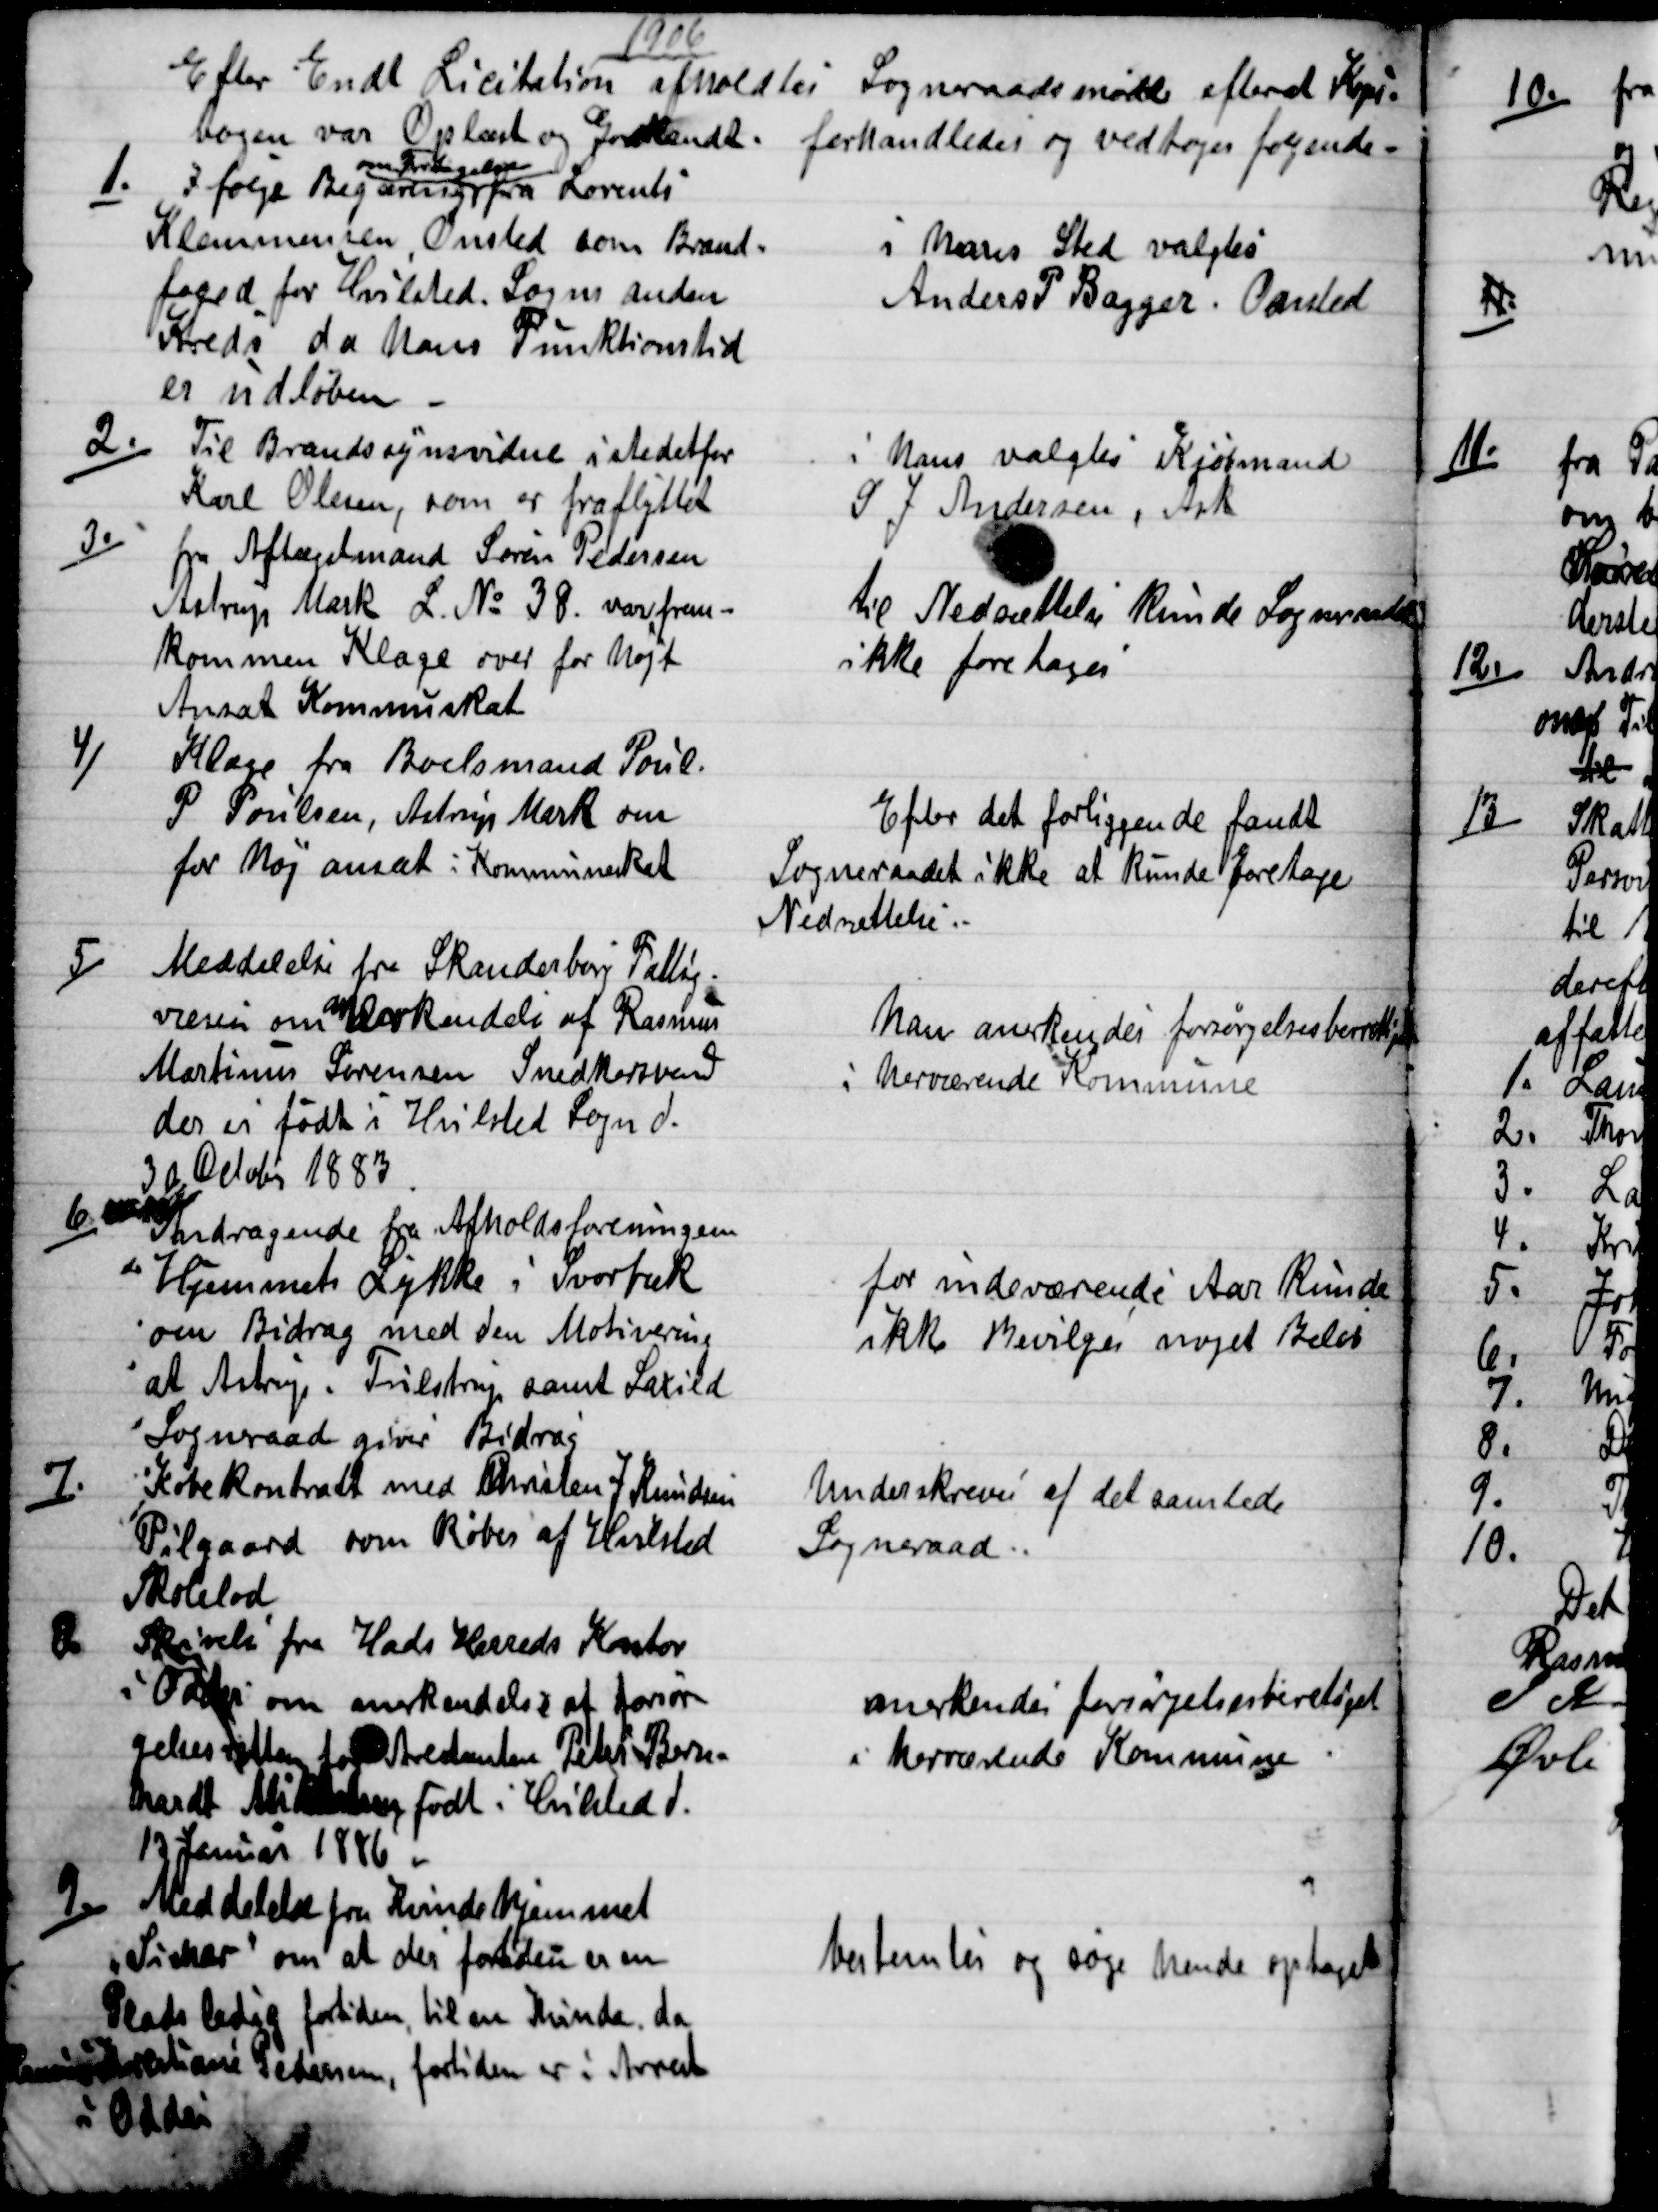
Transskription:
1906
Efter Endt Licitation afholdtes Sogneraadsmøde efterat Kopi=
bogen var Oplæst og Godkendt. forhandledes og vedtoges følgende -
1. )
I følge Begæring 
om Fritagelse
fra Lorents
Klemmensen, Onsted som Brand=
foged for Hvilsted. Sogns anden
Kreds da hans Funktionstid
er udløben.
i hans Sted valgtes
Anders P Bagger, Onsted
2.)
Til Brandssynsvidne i stedetfor
Karl Olesen, som er fraflyttet
i hans valgtes Kjøbmand
S J Andersen, Ask
3.)
fra Aftægtsmand Søren Pedersen
Astrup Mark L. № 38. var frem-
kommen Klage over for højt
Ansat Kommuneskat
til Nedsættelse kunde Sogneraadet
ikke foretages
4)
Klage fra Boelsmand Poul
P Poulsen, Astrup Mark om
for høj ansat i Kommuneskat
Efter det forliggende fandt
Sogneraadet ikke at kunde foretage
Nedsættelse
5) Meddelelse fra Skanderborg Fattig-
væsen om 
an
derkendelse af Rasmus
Martinus Sørensen Snedkersvend
der er født i Hvilsted Sogn d.
30 October 1883
han anerkendes forsørgelsesberettiget
i herværende Kommune
6) Andragende fra Afholdsforeningen
Hjemmets Lykke i Svorbæk
om Bidrag med den Motivering
at Astrup - Tulstrup samt Saxild
Sogneraad giver Bidrag
for indeværende Aar kunde
ikke Bevilges noget Beløb
7.)
Købekontrakt med Christen J Knudsen
Pilgaard som Køber af Hvilsted
Skolelod
Underskreves af det samlede
Sogneraad.
8.
Skrivelse fra Hads Herreds Kontor
i Odder om anerkendelse af forsør-
gelsesretten for Arestanten Peter Bern-
hardt Mikkelsen født i Hvilsted d.
13 Januar 1886
anerkendes forsørgelsesberetiget
i herværende Kommune.
9.)
Meddelelse fra Kvindehjemmet
"Sichar" om at der fortiden er en
Plads ledig fortiden, til en Kvinde, da
Rasmine Krestiane Pedersen, fortiden er i Arrest
i Odder.
bestemtes og søge hende optaget